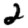
Digit: 2